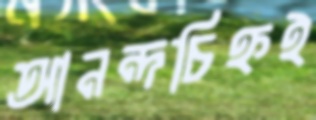
আনন্দচিহ্নই